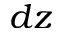
d z